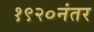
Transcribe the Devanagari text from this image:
१९२०नंतर